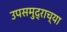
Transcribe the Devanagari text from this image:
उपसमुद्राच्या